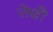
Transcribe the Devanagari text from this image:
लेखौं